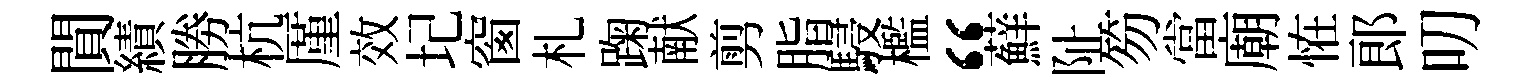
閴績勝杭厪效圮窗札踘献剪脂駸檻“蘚阯笏當廟恠郎叨